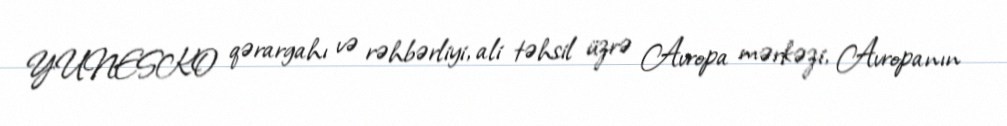
YUNESKO qərargahı və rəhbərliyi, ali təhsil üzrə Avropa mərkəzi, Avropanın